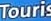
Touris